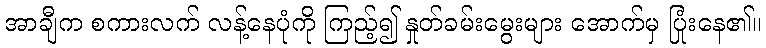
အာချီက စကားလက် လန့်နေပုံကို ကြည့်၍ နှုတ်ခမ်းမွေးများ အောက်မှ ပြုံးနေ၏။